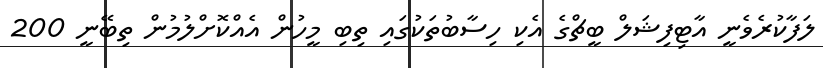
ލަފާކުރެވެނީ އާޓިފިޝަލް ބީޗްގެ އެކި ހިސާބުތަކުގައި ތިބި މީހުން އެއްކޮށްލުމުން ތިބޭނީ 200